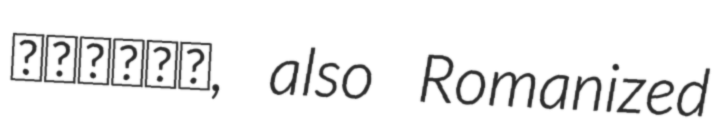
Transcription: التاتو, also Romanized